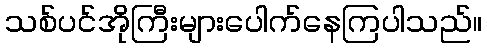
သစ်ပင်အိုကြီးများပေါက်နေကြပါသည်။